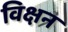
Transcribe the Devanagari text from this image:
विक्षन